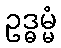
ဥဒ္ဓမ္မံ